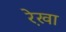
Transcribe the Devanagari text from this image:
रे़खा